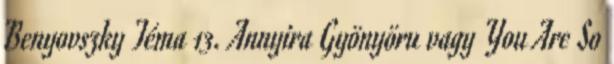
Benyovszky Téma 13. Annyira Gyönyöru vagy You Are So